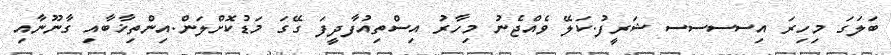
ބަލަގަ މިހިރަ އިސސސސ ޝަރީފުުު.ކަލޭ ވެއްޖެނު މިހާރު އިސްތިއުފާދީފަ ގޭގަ މަޑުކޮށްލަން.އިންތިޚާބާއި ގާނޫނާއި